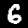
Digit: 6